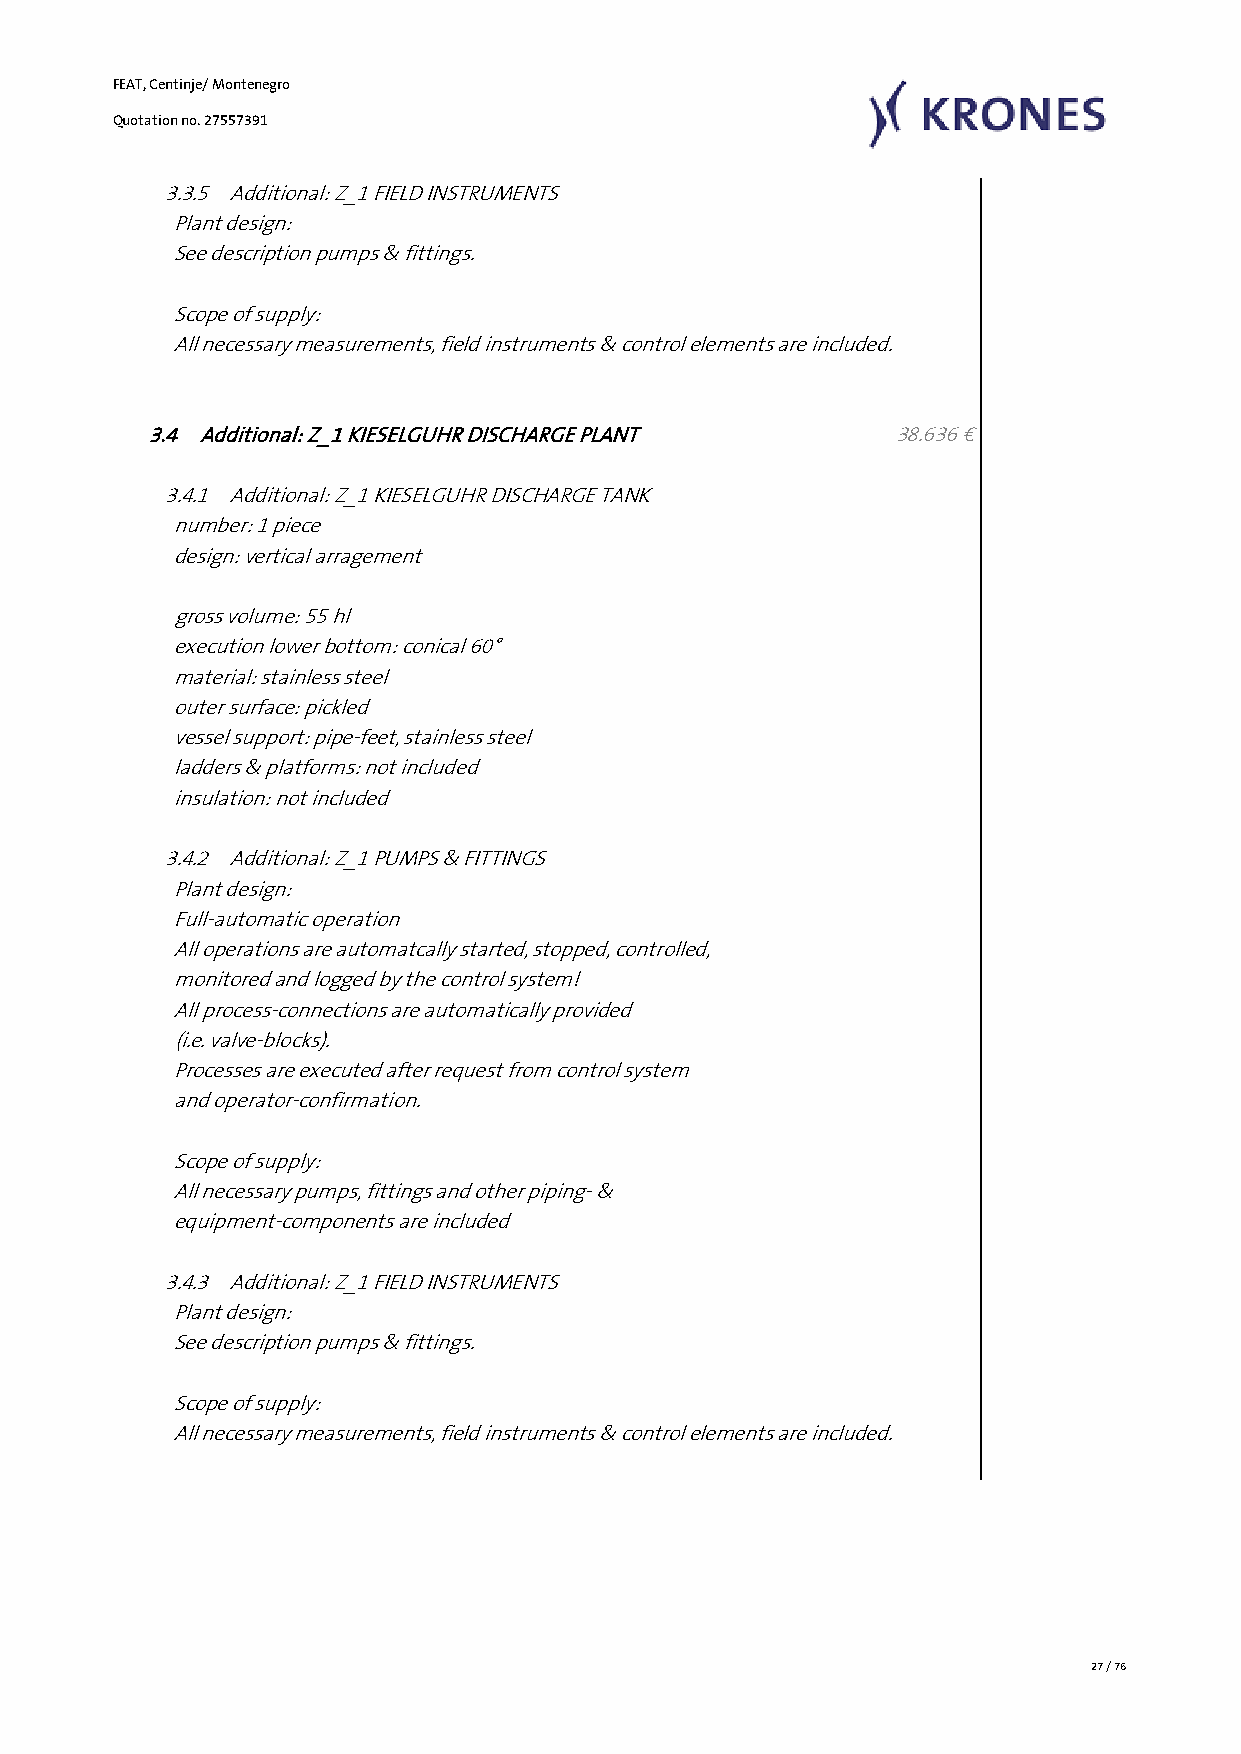
FEAT, Centinje/ Montenegro
 Quotation no. 27557391
 3.3.5 Additional: Z_1 FIELD INSTRUMENTS
 Plant design:
 See description pumps & fittings.
 Scope of supply:
 All necessary measurements, field instruments & control elements are included.
 3.4 Additional: Z_1 KIESELGUHR DISCHARGE PLANT    38.636 €
 3.4.1 Additional: Z_1 KIESELGUHR DISCHARGE TANK
 number: 1 piece
 design: vertical arragement
 gross volume: 55 hl
 execution lower bottom: conical 60°
 material: stainless steel
 outer surface: pickled
 vessel support: pipe-feet, stainless steel
 ladders & platforms: not included
 insulation: not included
 3.4.2 Additional: Z_1 PUMPS & FITTINGS
 Plant design:
 Full-automatic operation
 All operations are automatcally started, stopped, controlled,
 monitored and logged by the control system!
 All process-connections are automatically provided
 (i.e. valve-blocks).
 Processes are executed after request from control system
 and operator-confirmation.
 Scope of supply:
 All necessary pumps, fittings and other piping- &
 equipment-components are included
 3.4.3 Additional: Z_1 FIELD INSTRUMENTS
 Plant design:
 See description pumps & fittings.
 Scope of supply:
 All necessary measurements, field instruments & control elements are included.
 27 / 76